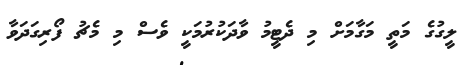
ލީގުގެ މަތީ މަގާމަށް މި ދެޓީމު ވާދަކުރުމަކީ ވެސް މި މެޗު ފޯރިގަދަވާ